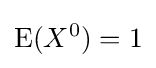
\operatorname {E} (X^{0})=1